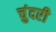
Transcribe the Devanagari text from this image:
चुंदरी